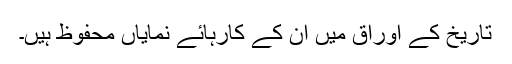
تاریخ کے اوراق میں ان کے کارہائے نمایاں محفوظ ہیں۔